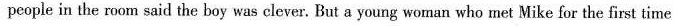
people in the room said the boy was clever. But a young woman who met Mike for the first time